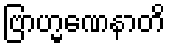
ဗြာဟ္မဏေနာတိ